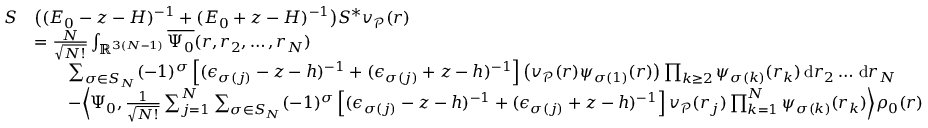
\begin{array} { r l } { S } & { \big ( ( E _ { 0 } - z - H ) ^ { - 1 } + ( E _ { 0 } + z - H ) ^ { - 1 } \big ) S ^ { * } v _ { \mathcal { P } } ( r ) } \\ & { = \frac { N } { \sqrt { N ! } } \int _ { \mathbb { R } ^ { 3 ( N - 1 ) } } \overline { { \Psi _ { 0 } } } ( r , r _ { 2 } , \dots , r _ { N } ) } \\ & { \qquad \sum _ { \sigma \in S _ { N } } ( - 1 ) ^ { \sigma } \left[ ( \epsilon _ { \sigma ( j ) } - z - h ) ^ { - 1 } + ( \epsilon _ { \sigma ( j ) } + z - h ) ^ { - 1 } \right] \big ( v _ { \mathcal { P } } ( r ) \psi _ { \sigma ( 1 ) } ( r ) \big ) \prod _ { k \geq 2 } \psi _ { \sigma ( k ) } ( r _ { k } ) \, \mathrm { d } r _ { 2 } \dots \, \mathrm { d } r _ { N } } \\ & { \qquad - \Big \langle \Psi _ { 0 } , \frac { 1 } { \sqrt { N ! } } \sum _ { j = 1 } ^ { N } \sum _ { \sigma \in S _ { N } } ( - 1 ) ^ { \sigma } \left[ ( \epsilon _ { \sigma ( j ) } - z - h ) ^ { - 1 } + ( \epsilon _ { \sigma ( j ) } + z - h ) ^ { - 1 } \right] v _ { \mathcal { P } } ( r _ { j } ) \prod _ { k = 1 } ^ { N } \psi _ { \sigma ( k ) } ( r _ { k } ) \Big \rangle \rho _ { 0 } ( r ) } \end{array}